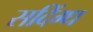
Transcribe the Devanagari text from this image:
सदिंग्ध